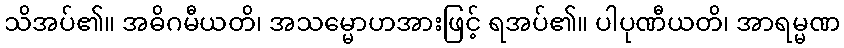
သိအပ်၏။ အဓိဂမီယတိ၊ အသမ္မောဟအားဖြင့် ရအပ်၏။ ပါပုဏီယတိ၊ အာရမ္မဏ